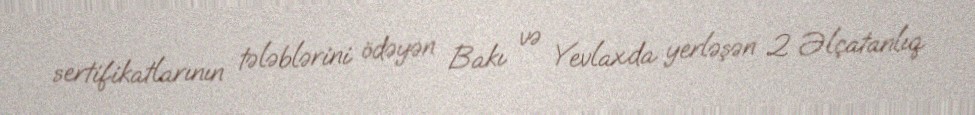
sertifikatlarının tələblərini ödəyən Bakı və Yevlaxda yerləşən 2 Əlçatanlıq